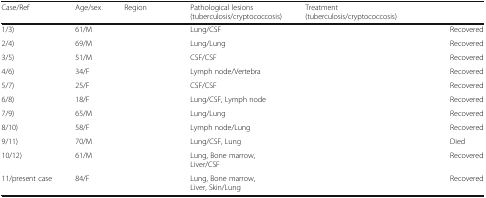
<table><thead><tr><td><b>Case/Ref</b></td><td><b>Age/sex</b></td><td><b>Region</b></td><td><b>Pathological lesions (tuberculosis/cryptococcosis)</b></td><td><b>Treatment (tuberculosis/cryptococcosis)</b></td><td>[EMPTY_CELL]</td></tr></thead><tbody><tr><td>1/3)</td><td>61/M</td><td>[EMPTY_CELL]</td><td>Lung/CSF</td><td>[EMPTY_CELL]</td><td>Recovered</td></tr><tr><td>2/4)</td><td>69/M</td><td>[EMPTY_CELL]</td><td>Lung/Lung</td><td>[EMPTY_CELL]</td><td>Recovered</td></tr><tr><td>3/5)</td><td>51/M</td><td>[EMPTY_CELL]</td><td>CSF/CSF</td><td>[EMPTY_CELL]</td><td>Recovered</td></tr><tr><td>4/6)</td><td>34/F</td><td>[EMPTY_CELL]</td><td>Lymph node/Vertebra</td><td>[EMPTY_CELL]</td><td>Recovered</td></tr><tr><td>5/7)</td><td>25/F</td><td>[EMPTY_CELL]</td><td>CSF/CSF</td><td>[EMPTY_CELL]</td><td>Recovered</td></tr><tr><td>6/8)</td><td>18/F</td><td>[EMPTY_CELL]</td><td>Lung/CSF, Lymph node</td><td>[EMPTY_CELL]</td><td>Recovered</td></tr><tr><td>7/9)</td><td>65/M</td><td>[EMPTY_CELL]</td><td>Lung/Lung</td><td>[EMPTY_CELL]</td><td>Recovered</td></tr><tr><td>8/10)</td><td>58/F</td><td>[EMPTY_CELL]</td><td>Lymph node/Lung</td><td>[EMPTY_CELL]</td><td>Recovered</td></tr><tr><td>9/11)</td><td>70/M</td><td>[EMPTY_CELL]</td><td>Lung/CSF, Lung</td><td>[EMPTY_CELL]</td><td>Died</td></tr><tr><td>10/12)</td><td>61/M</td><td>[EMPTY_CELL]</td><td>Lung, Bone marrow, Liver/CSF</td><td>[EMPTY_CELL]</td><td>Recovered</td></tr><tr><td>11/present case</td><td>84/F</td><td>[EMPTY_CELL]</td><td>Lung, Bone marrow, Liver, Skin/Lung</td><td>[EMPTY_CELL]</td><td>Recovered</td></tr></tbody></table>